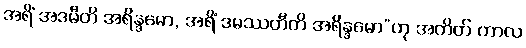
အရိံ အဒမီတိ အရိန္ဒမော, အရိံ ဒမဿတီတိ အရိန္ဒမော”ဟု အတိတ် ကာလ